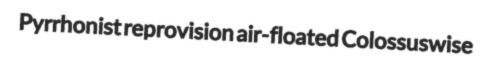
Pyrrhonist reprovision air-floated Colossuswise